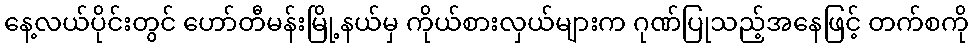
နေ့လယ်ပိုင်းတွင် ဟော်တီမန်းမြို့နယ်မှ ကိုယ်စားလှယ်များက ဂုဏ်ပြုသည့်အနေဖြင့် တက်စကို